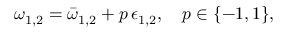
\begin{array} { r } { \omega _ { 1 , 2 } = \bar { \omega } _ { 1 , 2 } + p \, \epsilon _ { 1 , 2 } , \quad p \in \{ - 1 , 1 \} , } \end{array}